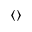
\langle \rangle